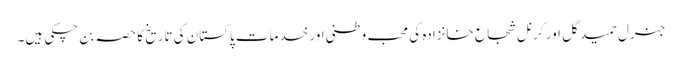
جنرل حمید گل اور کرنل شجاع خانزادہ کی محب وطنی اور خدمات پاکستان کی تاریخ کا حصہ بن چکی ہیں۔